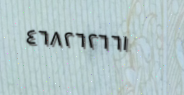
٤٦٨٢٦٢٦٦١